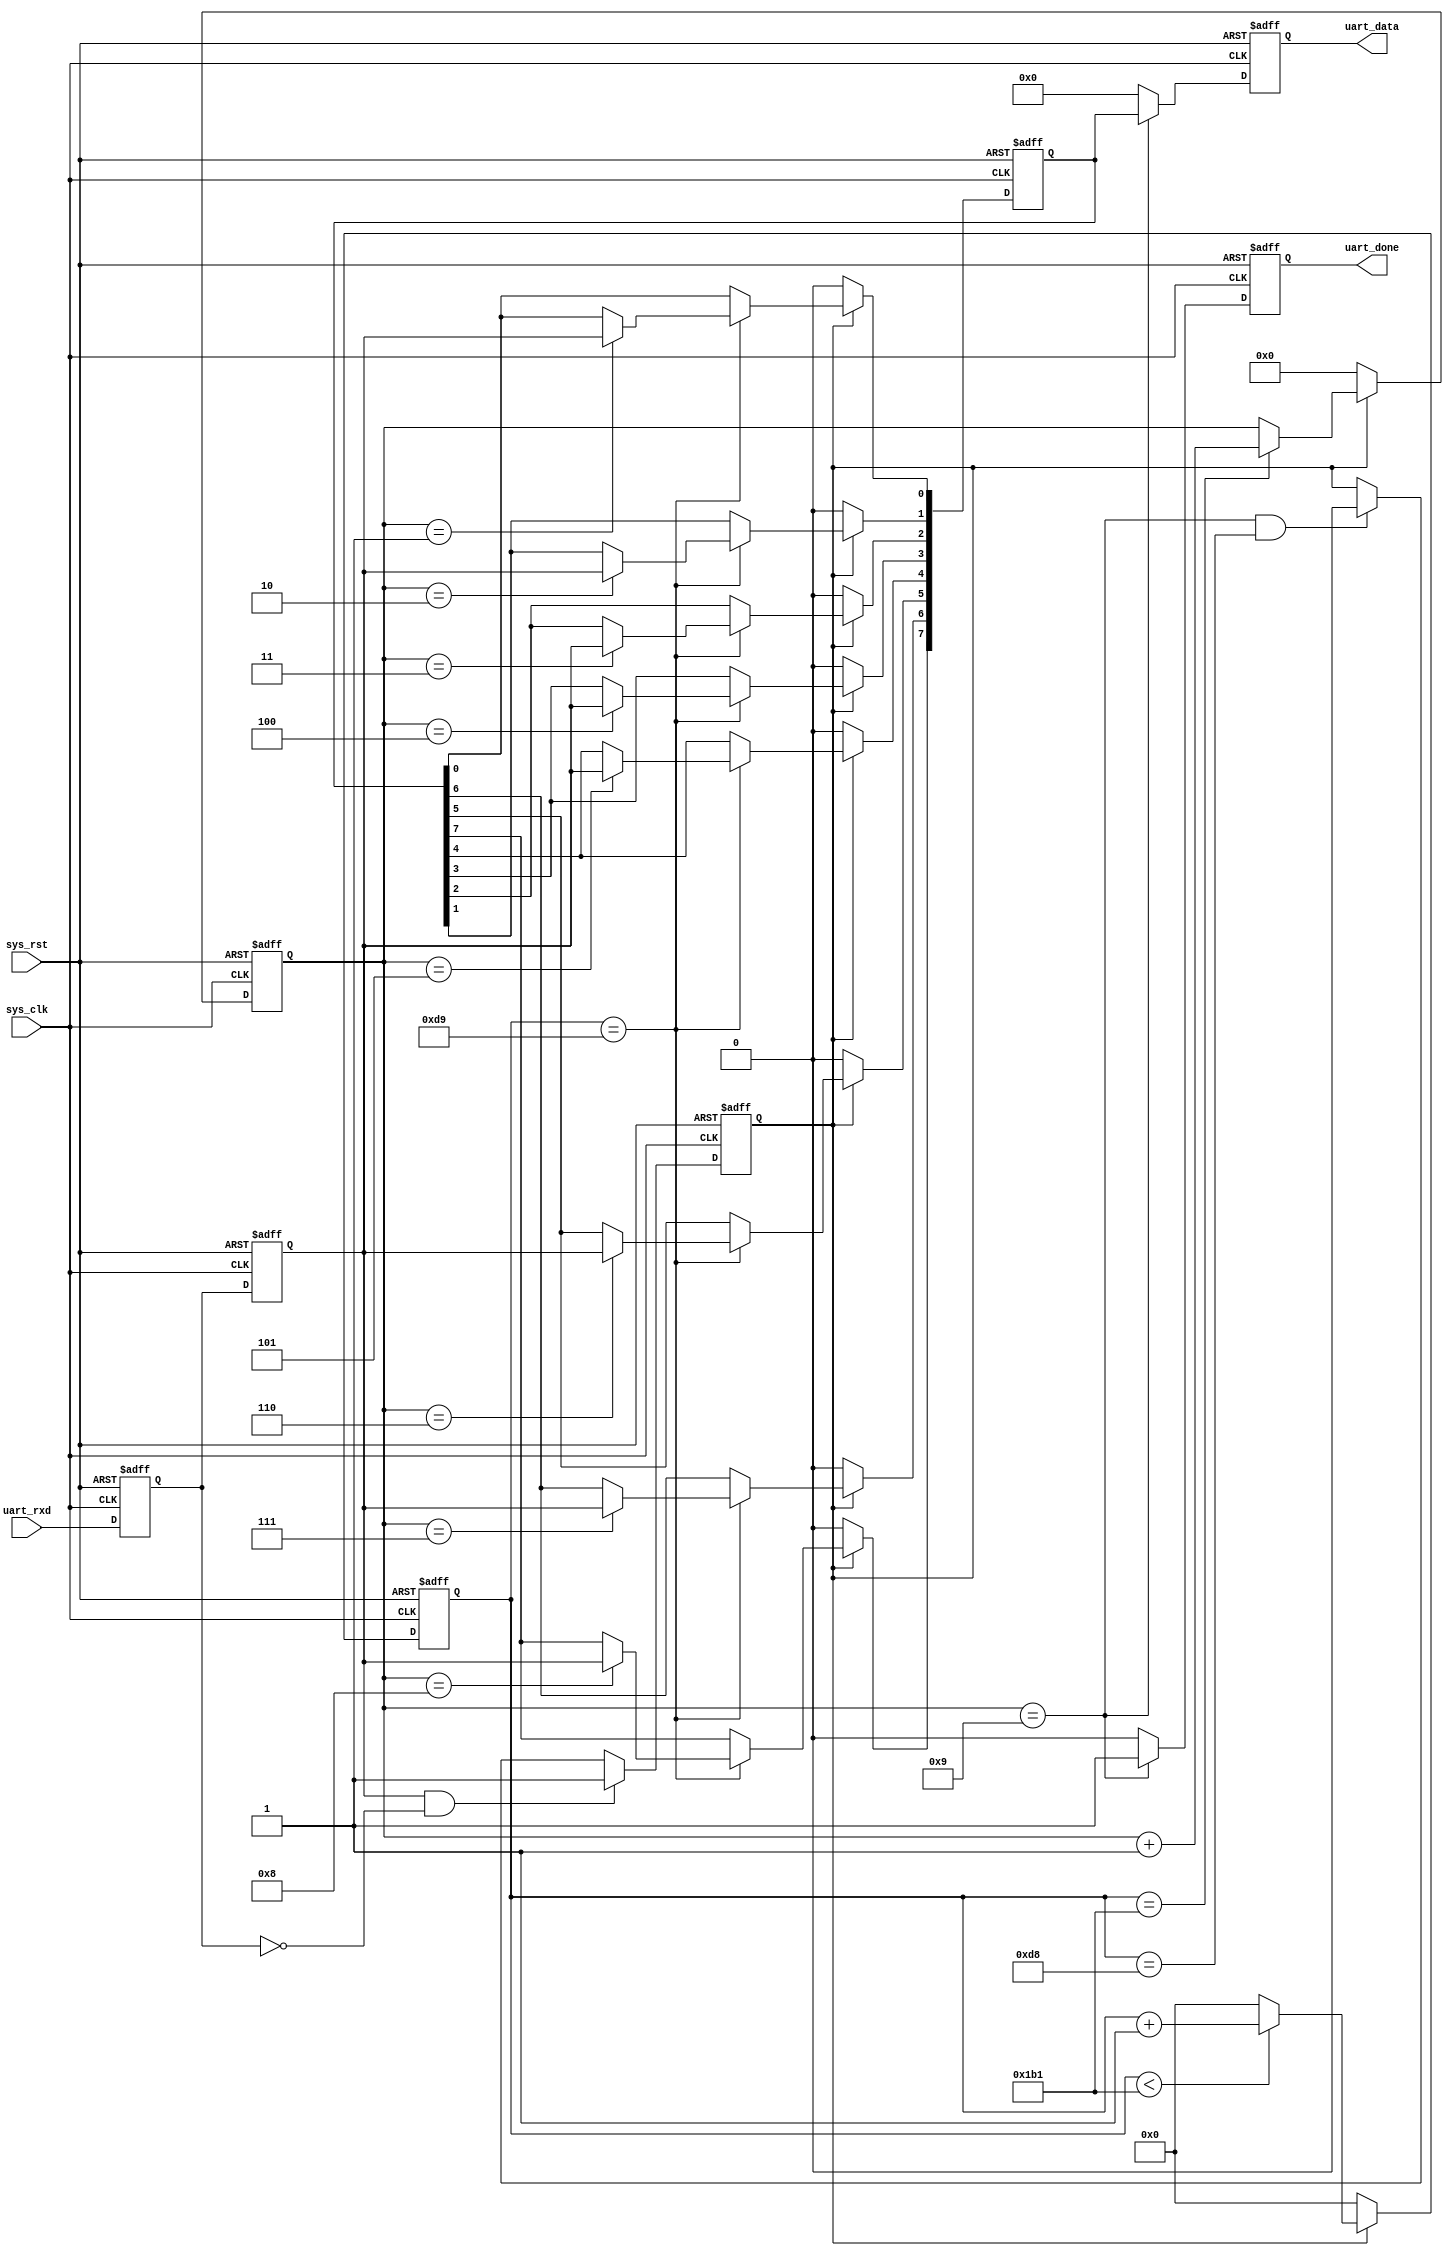
`timescale 1ns / 1ps

module uart_rx(
    input            sys_clk,   //
    input            sys_rst,   //
    input            uart_rxd,  //
    
    output reg       uart_done, //
    output reg [7:0] uart_data  //
    );
    
parameter CLK_FREQ = 50_000_000;
parameter baud     = 115200;
parameter BAUD_CNT = CLK_FREQ/baud; //
 
reg [7:0]  uart_rxd_d0;
reg [7:0]  uart_rxd_d1;  //
wire       start_flag;   //uart_rxd
reg        rx_flag;      //
reg [15:0] baud_cnt;     //
reg [3:0]  rx_cnt;       //
reg [7:0]  rx_data;      //

//
assign start_flag = uart_rxd_d1 & (~uart_rxd_d0);
  
//
always @(posedge sys_clk or negedge sys_rst)begin
    if(!sys_rst)begin
       uart_rxd_d0 <= 1'b0;
       uart_rxd_d1 <= 1'b0;  
    end
    else begin
       uart_rxd_d0 <= uart_rxd;     //
       uart_rxd_d1 <= uart_rxd_d0;  //
    end
end   
    
//rx_flag
always @(posedge sys_clk or negedge sys_rst)begin
    if(!sys_rst)
        rx_flag <= 1'b0;
    else if(start_flag == 1'b1)
        rx_flag <= 1'b1;
    else if(rx_cnt == 4'd9&&(baud_cnt == BAUD_CNT/2-1'b1))
        rx_flag <= 1'b0;
    else
        rx_flag <= rx_flag;
end    

//baud_cnt
always @(posedge sys_clk or negedge sys_rst)begin
    if(!sys_rst)
        baud_cnt <= 16'd0;
    else if(rx_flag)begin
        if(baud_cnt < BAUD_CNT-1'b1)
            baud_cnt <= baud_cnt + 1'b1;
        else
            baud_cnt <= 16'd0;
    end
    else
        baud_cnt <= 16'd0;
end

//rx_cnt 
always @(posedge sys_clk or negedge sys_rst)begin
    if(!sys_rst)
        rx_cnt <= 4'd0;
    else if(rx_flag)begin
        if(baud_cnt == BAUD_CNT - 1'b1)
            rx_cnt <= rx_cnt+1'b1;
        else
            rx_cnt <= rx_cnt;
    end
    else
        rx_cnt <= 4'd0;
end

//rx_data
always @(posedge sys_clk or negedge sys_rst)begin
    if(!sys_rst)
        rx_data <= 8'd0;
    else if(rx_flag)begin
        if(baud_cnt == BAUD_CNT/2)
            case(rx_cnt)
                4'd1:rx_data[0] <= uart_rxd_d1;
                4'd2:rx_data[1] <= uart_rxd_d1;
                4'd3:rx_data[2] <= uart_rxd_d1;
                4'd4:rx_data[3] <= uart_rxd_d1;
                4'd5:rx_data[4] <= uart_rxd_d1;
                4'd6:rx_data[5] <= uart_rxd_d1;
                4'd7:rx_data[6] <= uart_rxd_d1;
                4'd8:rx_data[7] <= uart_rxd_d1;
                default: ;
            endcase
        else
            rx_data <= rx_data;    
    end
    else
        rx_data <= 8'd0;
end 

//
always @(posedge sys_clk or negedge sys_rst)begin
    if(!sys_rst)begin
        uart_done <= 1'b0;
        uart_data <= 8'd0;
    end
    else if(rx_cnt == 4'd9)begin
        uart_done <= 1'b1;
        uart_data <= rx_data;
    end
    else begin
        uart_done <= 1'b0;
        uart_data <= 8'd0;
    end
end    
        
endmodule